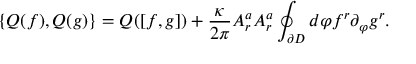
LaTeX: \{ Q ( f ) , Q ( g ) \} = Q ( [ f , g ] ) + \frac { \kappa } { 2 \pi } A _ { r } ^ { a } A _ { r } ^ { a } \oint _ { \partial D } d \varphi f ^ { r } \partial _ { \varphi } g ^ { r } .